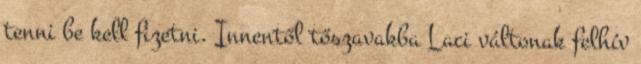
tenni be kell fizetni. Innentől tőszavakba Laci váltonak felhív